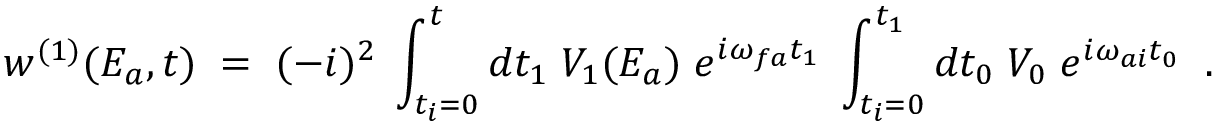
w ^ { ( 1 ) } ( E _ { a } , t ) \; = \; ( - i ) ^ { 2 } \; \int _ { t _ { i } = 0 } ^ { t } d t _ { 1 } \; V _ { 1 } ( E _ { a } ) \; e ^ { i \omega _ { f a } t _ { 1 } } \; \int _ { t _ { i } = 0 } ^ { t _ { 1 } } d t _ { 0 } \; V _ { 0 } \; e ^ { i \omega _ { a i } t _ { 0 } } \; \; .